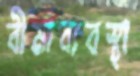
বীমাব্যবস্থা